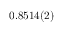
0 . 8 5 1 4 ( 2 )